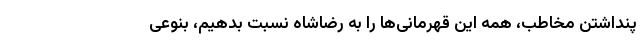
پنداشتن مخاطب، همه این قهرمانی‌ها را به رضاشاه نسبت بدهیم، بنوعی